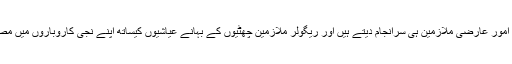
تمام دفتری امور عارضی ملازمین ہی سرانجام دیتے ہیں اور ریگولر ملازمین چھٹیوں کے بہانے عیاشیوں کیساتھ اپنے نجی کاروباروں میں مصروف ہیں ۔